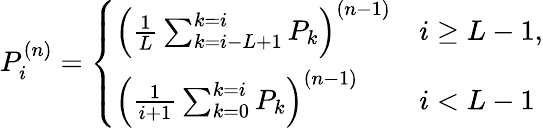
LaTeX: P_{i}^{(n)}=\left\{ \begin{array}{ll}{\left(\frac{1}{L}\sum_{k=i-L+1}^{k=i}P_{k}\right)^{(n-1)}}&{i\geq{L-1},}\\ {\left(\frac{1}{i+1}\sum_{k=0}^{k=i}P_{k}\right)^{(n-1)}}&{i<{L-1}}\end{array}\right.